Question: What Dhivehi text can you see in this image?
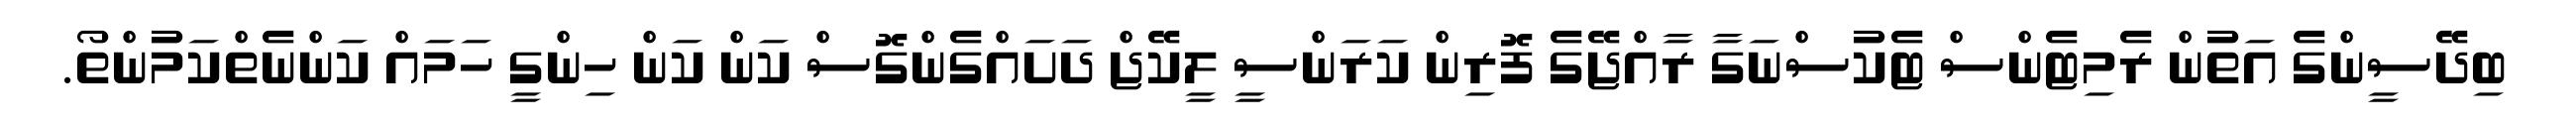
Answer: ބިދޭސީންގެ އަތުން ރެމިޓެންސް ޓެކުސްނަގާ ރާއްޖޭގެ ފޮރިން ކަރަންސީ ލީކޭޖް ދަށައްގެންގޮސް ކަން ކަން ހިންގީ ހަމައް ކަންނެތްކަމުންތޯ.